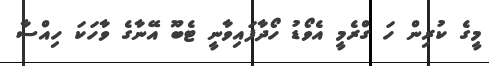
މީގެ ކުރިން ހަ ގްރެމީ އެވޯޑު ހޯދާފައިވާނީ ޓެބޫ އޭނާގެ ވާހަކަ ހިއްސާ